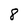
Character: 8